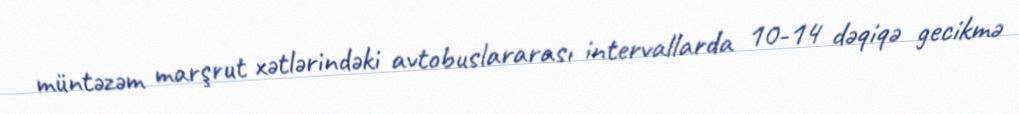
müntəzəm marşrut xətlərindəki avtobuslararası intervallarda 10-14 dəqiqə gecikmə